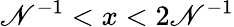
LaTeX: \mathscr{N}^{-1}<x<2\mathscr{N}^{-1}